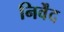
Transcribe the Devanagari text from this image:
निर्वेंद